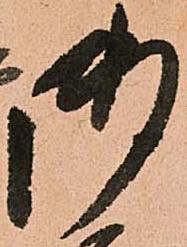
御